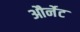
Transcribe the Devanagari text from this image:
और्नेट